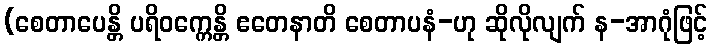
(စေတာပေန္တိ ပရိဝက္ကေန္တိ ဧတေနာတိ စေတာပနံ-ဟု ဆိုလိုလျက် န-အာဂုံဖြင့်